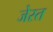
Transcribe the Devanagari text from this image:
जेस्त